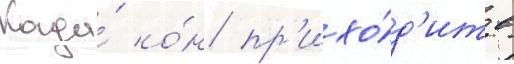
Когда́ о́н пр'ихо́д'ит в